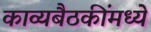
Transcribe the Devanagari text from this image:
काव्यबैठकींमध्ये